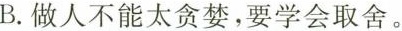
B.做人不能太贪婪，要学会取舍。